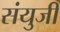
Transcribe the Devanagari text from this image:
संयुजी